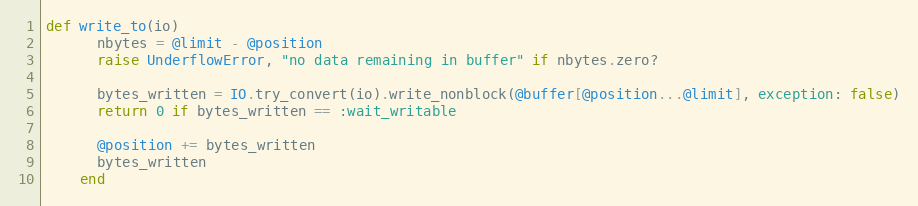
Language: Ruby
def write_to(io)
      nbytes = @limit - @position
      raise UnderflowError, "no data remaining in buffer" if nbytes.zero?

      bytes_written = IO.try_convert(io).write_nonblock(@buffer[@position...@limit], exception: false)
      return 0 if bytes_written == :wait_writable

      @position += bytes_written
      bytes_written
    end